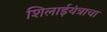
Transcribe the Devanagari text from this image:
शिलाईयंत्राचा